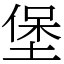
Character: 堡